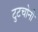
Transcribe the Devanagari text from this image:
टुटचोनी